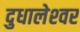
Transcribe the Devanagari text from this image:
दुधालेश्‍वर